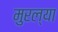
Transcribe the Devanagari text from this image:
मुरल्या